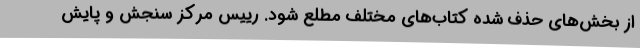
از بخش‌های حذف شده کتاب‌های مختلف مطلع شود. رییس مرکز سنجش و پایش